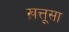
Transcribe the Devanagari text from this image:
ख़त्तूसा